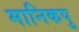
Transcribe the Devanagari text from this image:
मानिकपु